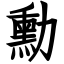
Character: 勳